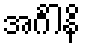
အင်္ဂါနိ